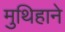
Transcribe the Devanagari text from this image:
मुथिहाने